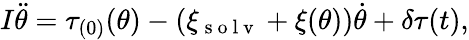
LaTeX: I\ddot{\theta}=\tau_{(0)}(\theta)-(\xi_{\mathrm{~s~o~l~v~}}+\xi(\theta))\dot{\theta}+\delta\tau(t),